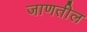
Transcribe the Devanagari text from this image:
जाणतील